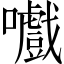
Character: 嚱